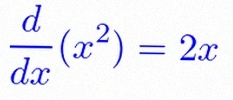
\frac{d}{dx}(x^2)=2x